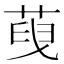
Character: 𦴞